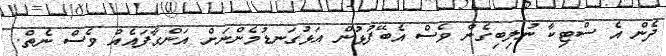
ދެން އެ ސްޓިކާ ނުލިބިގެން ވެސް އެބޭފުޅުން އަޅުގަނޑުމެންނަށް އަންގާފައެއް ވެސް ނެތް.